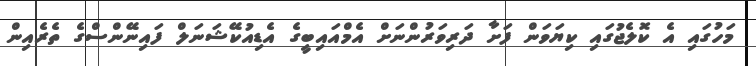
މަހުގައި އެ ކޮލެޖުގައި ކިޔަވަން ފަށާ ދަރިވަރުންނަށް އެމްއައިބީގެ އެޑިއުކޭޝަނަލް ފައިނޭންސްގެ ތެރެއިން